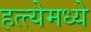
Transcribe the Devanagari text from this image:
हत्त्येमध्ये